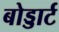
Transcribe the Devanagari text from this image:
बोड्डार्ट